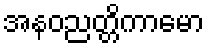
အနဝညတ္တိကာမော